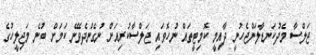
ޖަލްސާ މެދުކަނޑާލަންޖެހުނީ ދާއިމީ ކޮމިޓީތައް ނުހޮވައި ޖަލްސާކުރިއަށް ނުގެންދެވޭނެ ކަމަށް ބުނެ މަޖިލީހުގެ